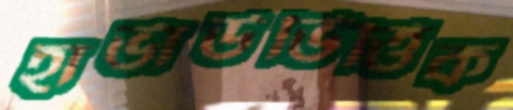
হার্ভার্ডভিত্তিক